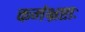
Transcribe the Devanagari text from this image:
कर्मभ्रष्टाः